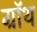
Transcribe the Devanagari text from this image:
ग्रॉथ